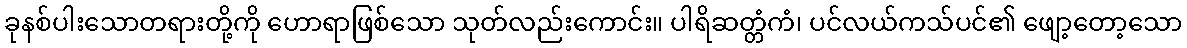
ခုနစ်ပါးသောတရားတို့ကို ဟောရာဖြစ်သော သုတ်လည်းကောင်း။ ပါရိဆတ္တံကံ၊ ပင်လယ်ကသ်ပင်၏ ဖျော့တော့သော